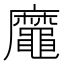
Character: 𪓹